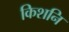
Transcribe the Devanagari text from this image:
किशनि